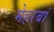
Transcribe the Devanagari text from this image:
मेहरबां